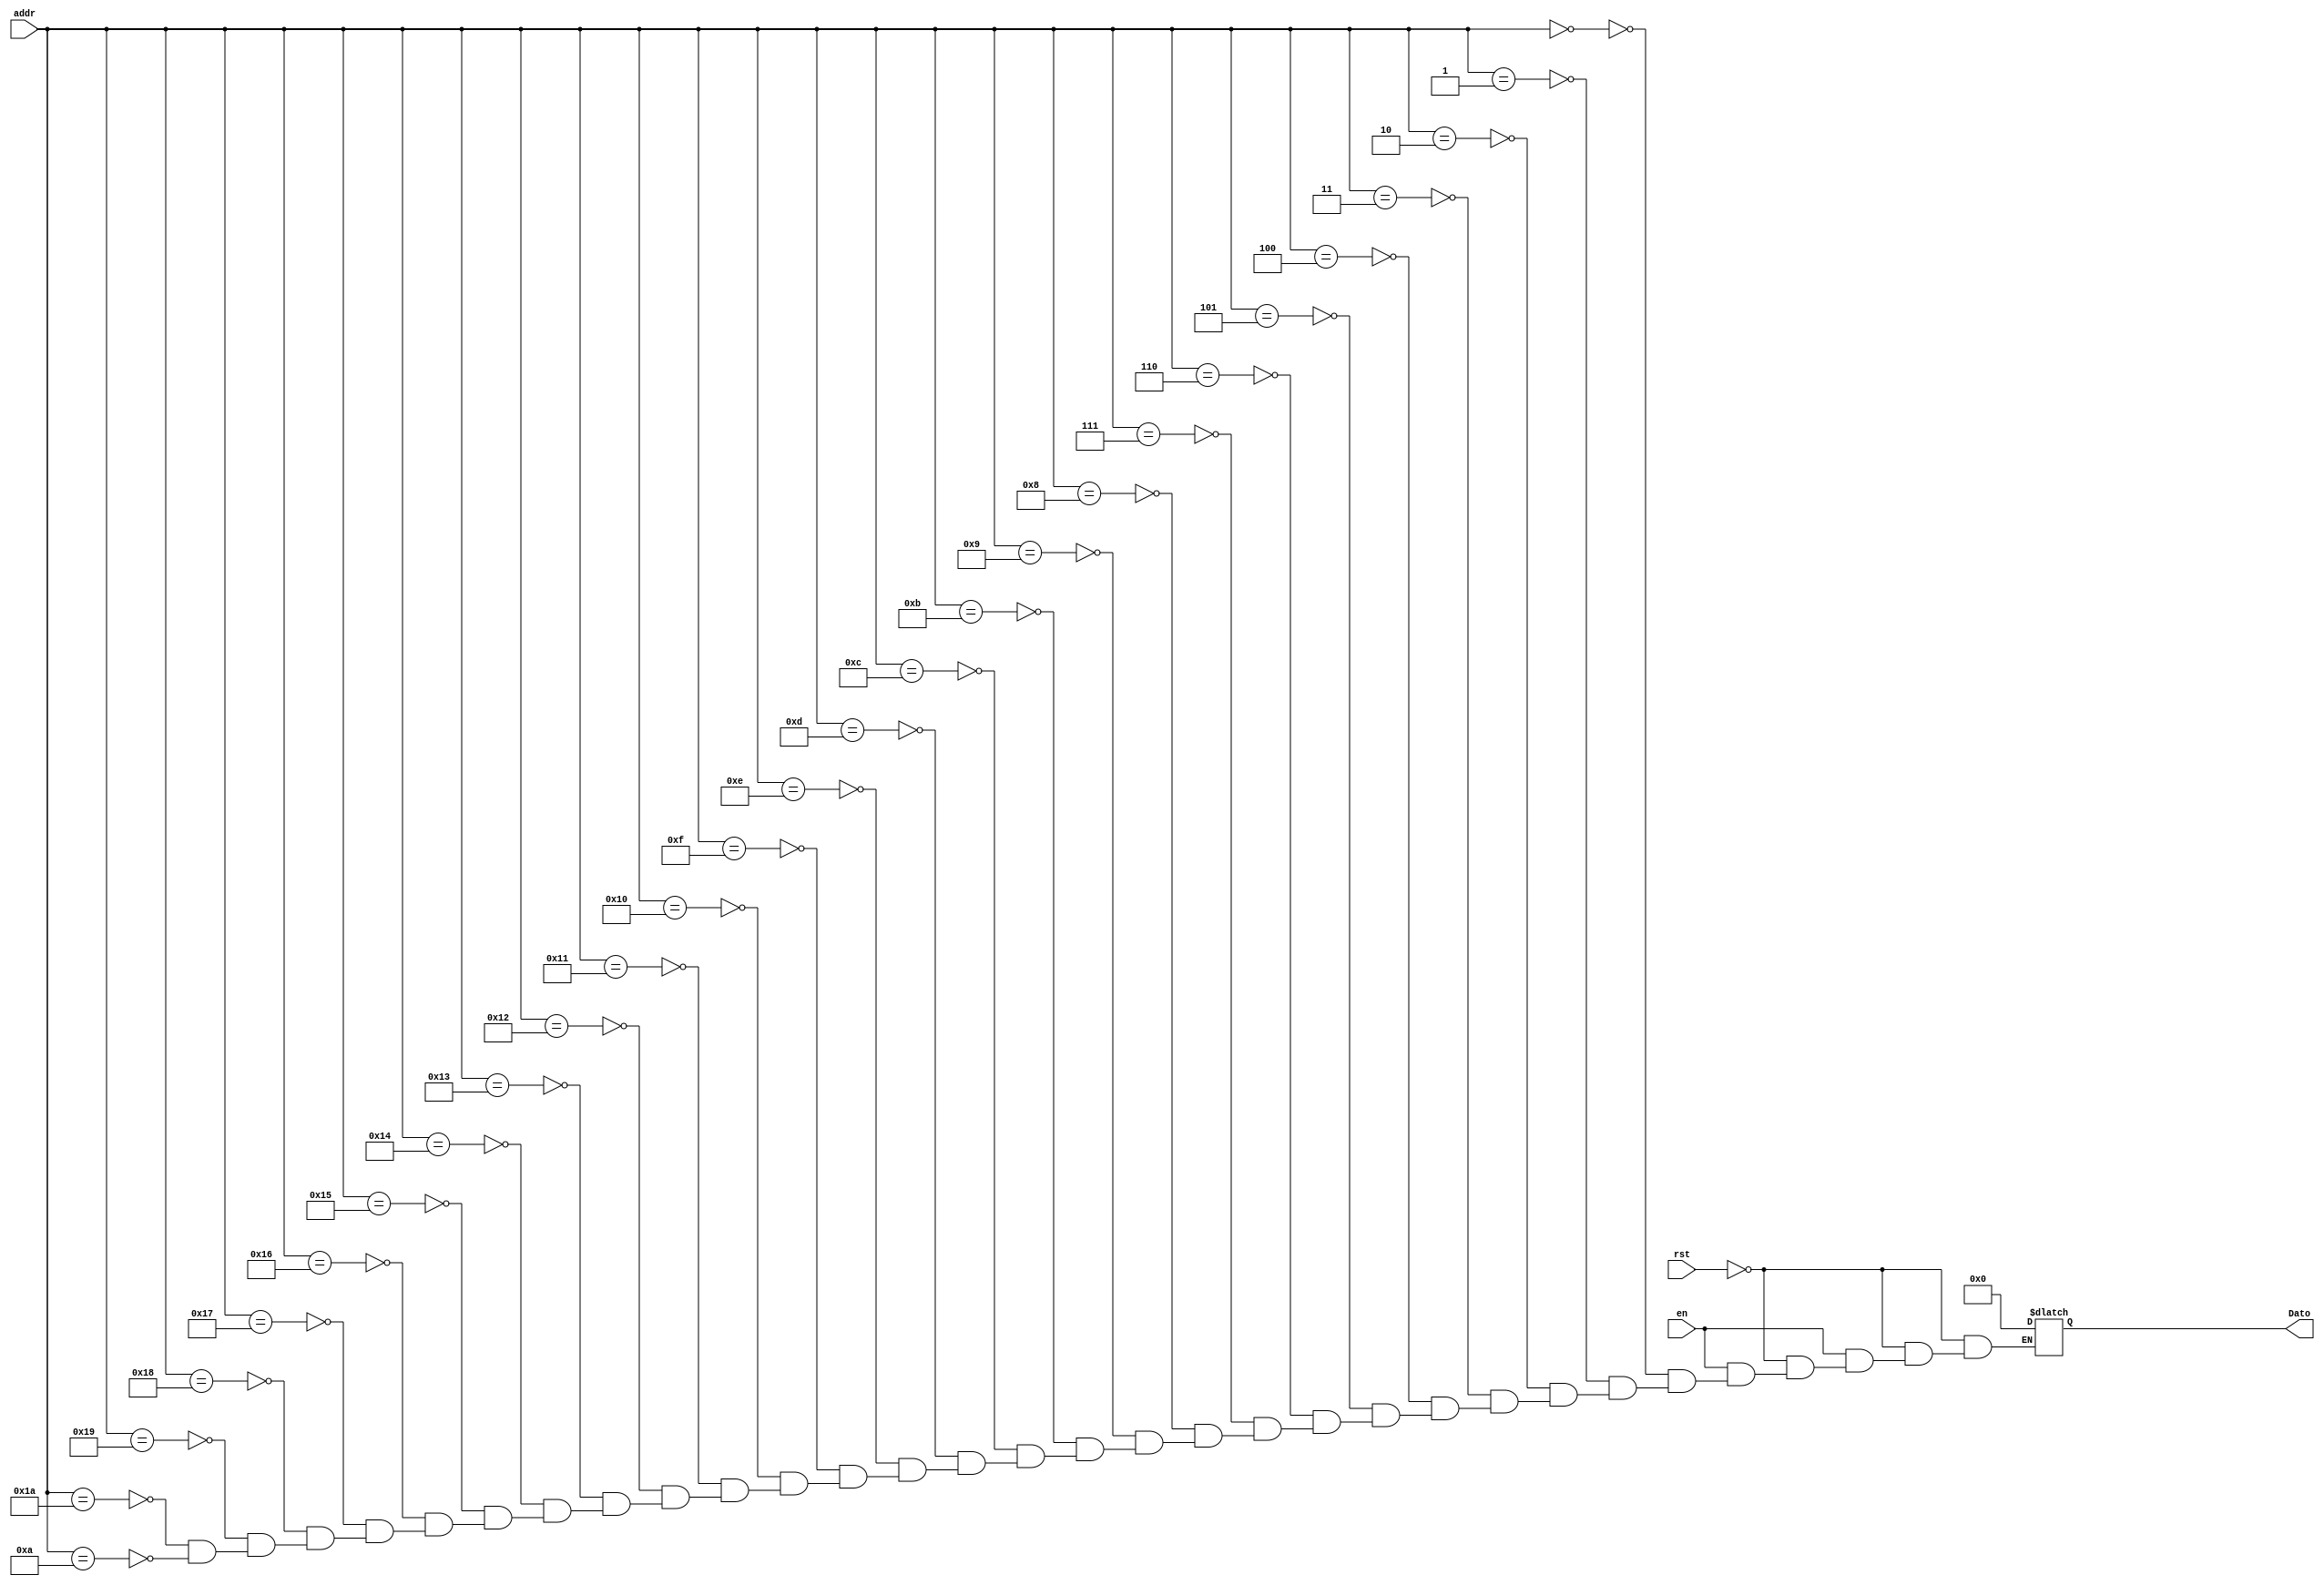
module Memoria_0_59(
	input [5:0] addr,
	input en,rst,
	output reg [7:0] Dato);

always @* 
	begin
	if(rst)begin Dato=8'b0;end
	else begin
	if(en==1)begin
	case (addr)
	//Inicializacin
	6'd0: begin Dato=0; end
	6'd1: begin Dato=0; end
	6'd2: begin Dato=0; end
	6'd3: begin Dato=0; end
	6'd4: begin Dato=0; end
	6'd5: begin Dato=0; end
	6'd6: begin Dato=0; end
	6'd7: begin Dato=0; end
	6'd8: begin Dato=0; end
	6'd9: begin Dato=0; end
	6'd11: begin Dato=0; end
	6'd12: begin Dato=0; end
	6'd13: begin Dato=0; end
	6'd14: begin Dato=0; end
	6'd15: begin Dato=0; end
	6'd16: begin Dato=0; end
	6'd17: begin Dato=0; end
	6'd18: begin Dato=0; end
	6'd19: begin Dato=0; end
	6'd20: begin Dato=0; end
	6'd21: begin Dato=0; end
	6'd22: begin Dato=0; end
	6'd23: begin Dato=0; end
	6'd24: begin Dato=0; end
	6'd25: begin Dato=0; end
	6'd26: begin Dato=0; end
	6'd10: begin Dato=0; end
	6'd10: begin Dato=0; end
	6'd10: begin Dato=0; end
	6'd10: begin Dato=0; end
	6'd10: begin Dato=0; end
	6'd10: begin Dato=0; end
	6'd10: begin Dato=0; end
	6'd10: begin Dato=0; end
	6'd10: begin Dato=0; end
	6'd10: begin Dato=0; end
	6'd10: begin Dato=0; end
	6'd10: begin Dato=0; end
	6'd10: begin Dato=0; end
	6'd10: begin Dato=0; end
	6'd10: begin Dato=0; end
	6'd10: begin Dato=0; end
	6'd10: begin Dato=0; end
	6'd10: begin Dato=0; end
	6'd10: begin Dato=0; end
	6'd10: begin Dato=0; end
	6'd10: begin Dato=0; end
	6'd10: begin Dato=0; end
	6'd10: begin Dato=0; end
	6'd10: begin Dato=0; end
	6'd10: begin Dato=0; end
	6'd10: begin Dato=0; end
	6'd10: begin Dato=0; end
	6'd10: begin Dato=0; end
	6'd10: begin Dato=0; end
	6'd10: begin Dato=0; end
	6'd10: begin Dato=0; end
	6'd10: begin Dato=0; end
	endcase
	end
	else begin AD=1;CS=1;RD=1;WR=1;Dato=8'b0; end
	end
	end
endmodule